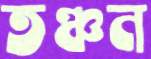
তঞ্চন